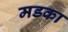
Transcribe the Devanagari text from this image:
मडका